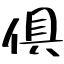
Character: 俱